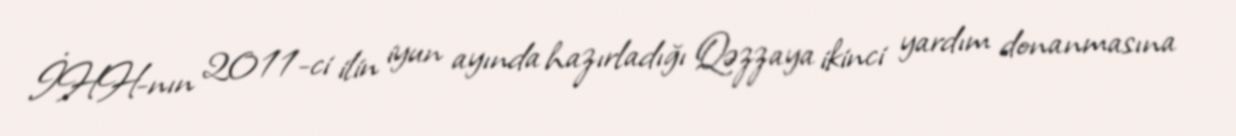
İHH-nın 2011-ci ilin iyun ayında hazırladığı Qəzzaya ikinci yardım donanmasına